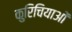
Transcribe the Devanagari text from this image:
कुरिचियाओं